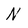
Character: N